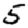
Digit: 5